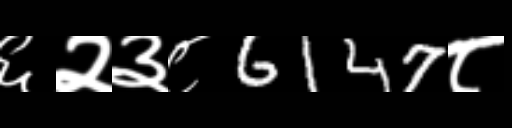
Text: ६२३८6147८